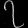
Digit: ၇